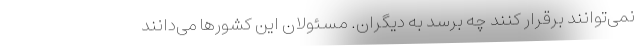
نمی‌توانند برقرار کنند چه برسد به دیگران. مسئولان این کشورها می‌دانند